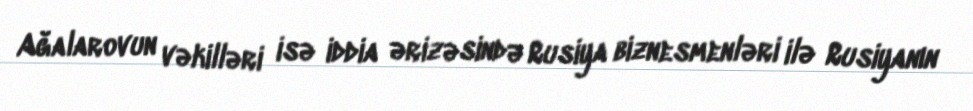
Ağalarovun vəkilləri isə iddia ərizəsində Rusiya biznesmenləri ilə Rusiyanın